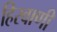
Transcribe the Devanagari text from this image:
हिरवाणी